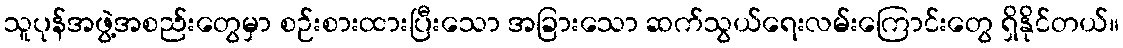
သူပုန်အဖွဲ့အစည်းတွေမှာ စဉ်းစားထားပြီးသော အခြားသော ဆက်သွယ်ရေးလမ်းကြောင်းတွေ ရှိနိုင်တယ်။